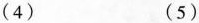
(4) (5)